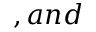
, a n d